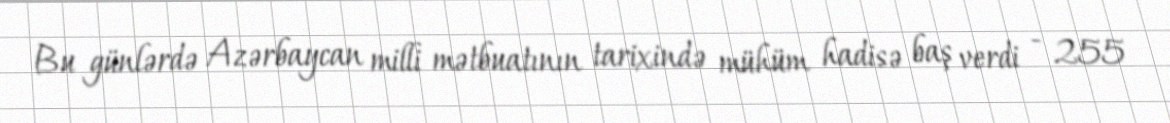
Bu günlərdə Azərbaycan milli mətbuatının tarixində mühüm hadisə baş verdi - 255